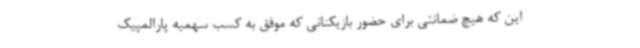
این که هیچ ضمانتی برای حضور بازیکنانی که موفق به کسب سهمیه پارالمپیک